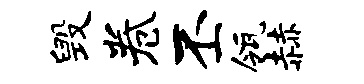
毁卷丕瓴赫